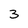
Character: 3